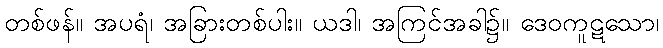
တစ်ဖန်။ အပရံ၊ အခြားတစ်ပါး။ ယဒါ၊ အကြင်အခါ၌။ ဒေဝကူဋသော၊